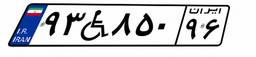
۱۸W۱۷۱۱۳